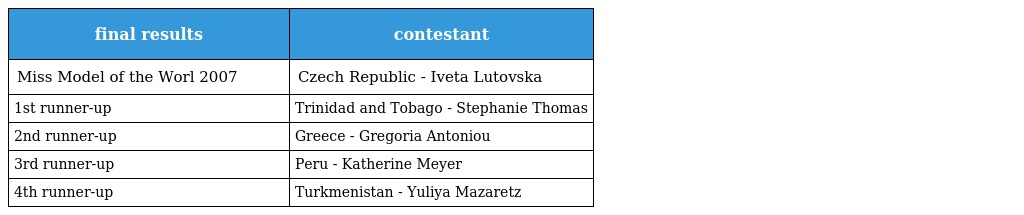
| final results | contestant |
 | --- | --- |
 | Miss Model of the Worl 2007 | Czech Republic - Iveta Lutovska |
 | 1st runner-up | Trinidad and Tobago - Stephanie Thomas |
 | 2nd runner-up | Greece - Gregoria Antoniou |
 | 3rd runner-up | Peru - Katherine Meyer |
 | 4th runner-up | Turkmenistan - Yuliya Mazaretz |